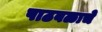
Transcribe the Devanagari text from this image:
पाठबळाचे